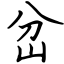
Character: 岔